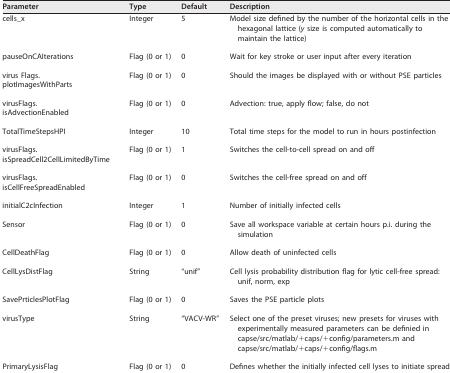
| Parameter | Type | Default | Description |
 | --- | --- | --- | --- |
 | cells_x | Integer | 5 | Model size defined by the number of the horizontal cells in the hexagonal lattice (y size is computed automatically to maintain the lattice) |
 | pauseOnCAIterations | Flag (0 or 1) | 0 | Wait for key stroke or user input after every iteration |
 | virus Flags. | Flag (0 or 1) | 0 | Should the images be displayed with or without PSE particles |
 | plotImagesWithParts |  |  |  |
 | virusFlags. | Flag (0 or 1) | 0 | Advection: true, apply flow; false, do not |
 | isAdvectionEnabled |  |  |  |
 | TotalTimeStepsHPI | Integer | 10 | Total time steps for the model to run in hours postinfection |
 | virusFlags. | Flag (0 or 1) | 1 | Switches the cell-to-cell spread on and off |
 | isSpreadCell2CellLimitedByTime |  |  |  |
 | virusFlags. | Flag (0 or 1) | 0 | Switches the cell-free spread on and off |
 | isCellFreeSpreadEnabled |  |  |  |
 | initialC2cInfection | Integer | 1 | Number of initially infected cells |
 | Sensor | Flag (0 or 1) | 0 | Save all workspace variable at certain hours p.i. during the simulation |
 | CellDeathFlag | Flag (0 or 1) | 0 | Allow death of uninfected cells |
 | CellLysDistFlag | String | “unif” | Cell lysis probability distribution flag for lytic cell-free spread: unif, norm, exp |
 | SavePrticlesPlotFlag | Flag (0 or 1) | 0 | Saves the PSE particle plots |
 | virusType | String | “VACV-WR” | Select one of the preset viruses; new presets for viruses with experimentally measured parameters can be definied in capse/src/matlab/+caps/+config/parameters.m and capse/src/matlab/+caps/+config/flags.m |
 | PrimaryLysisFlag | Flag (0 or 1) | 0 | Defines whether the initially infected cell lyses to initiate spread |